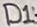
Text: D1